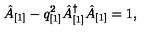
\hat { A } _ { [ 1 ] } - q _ { [ 1 ] } ^ { 2 } \hat { A } _ { [ 1 ] } ^ { \dagger } \hat { A } _ { [ 1 ] } = 1 ,